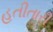
હતીતારી